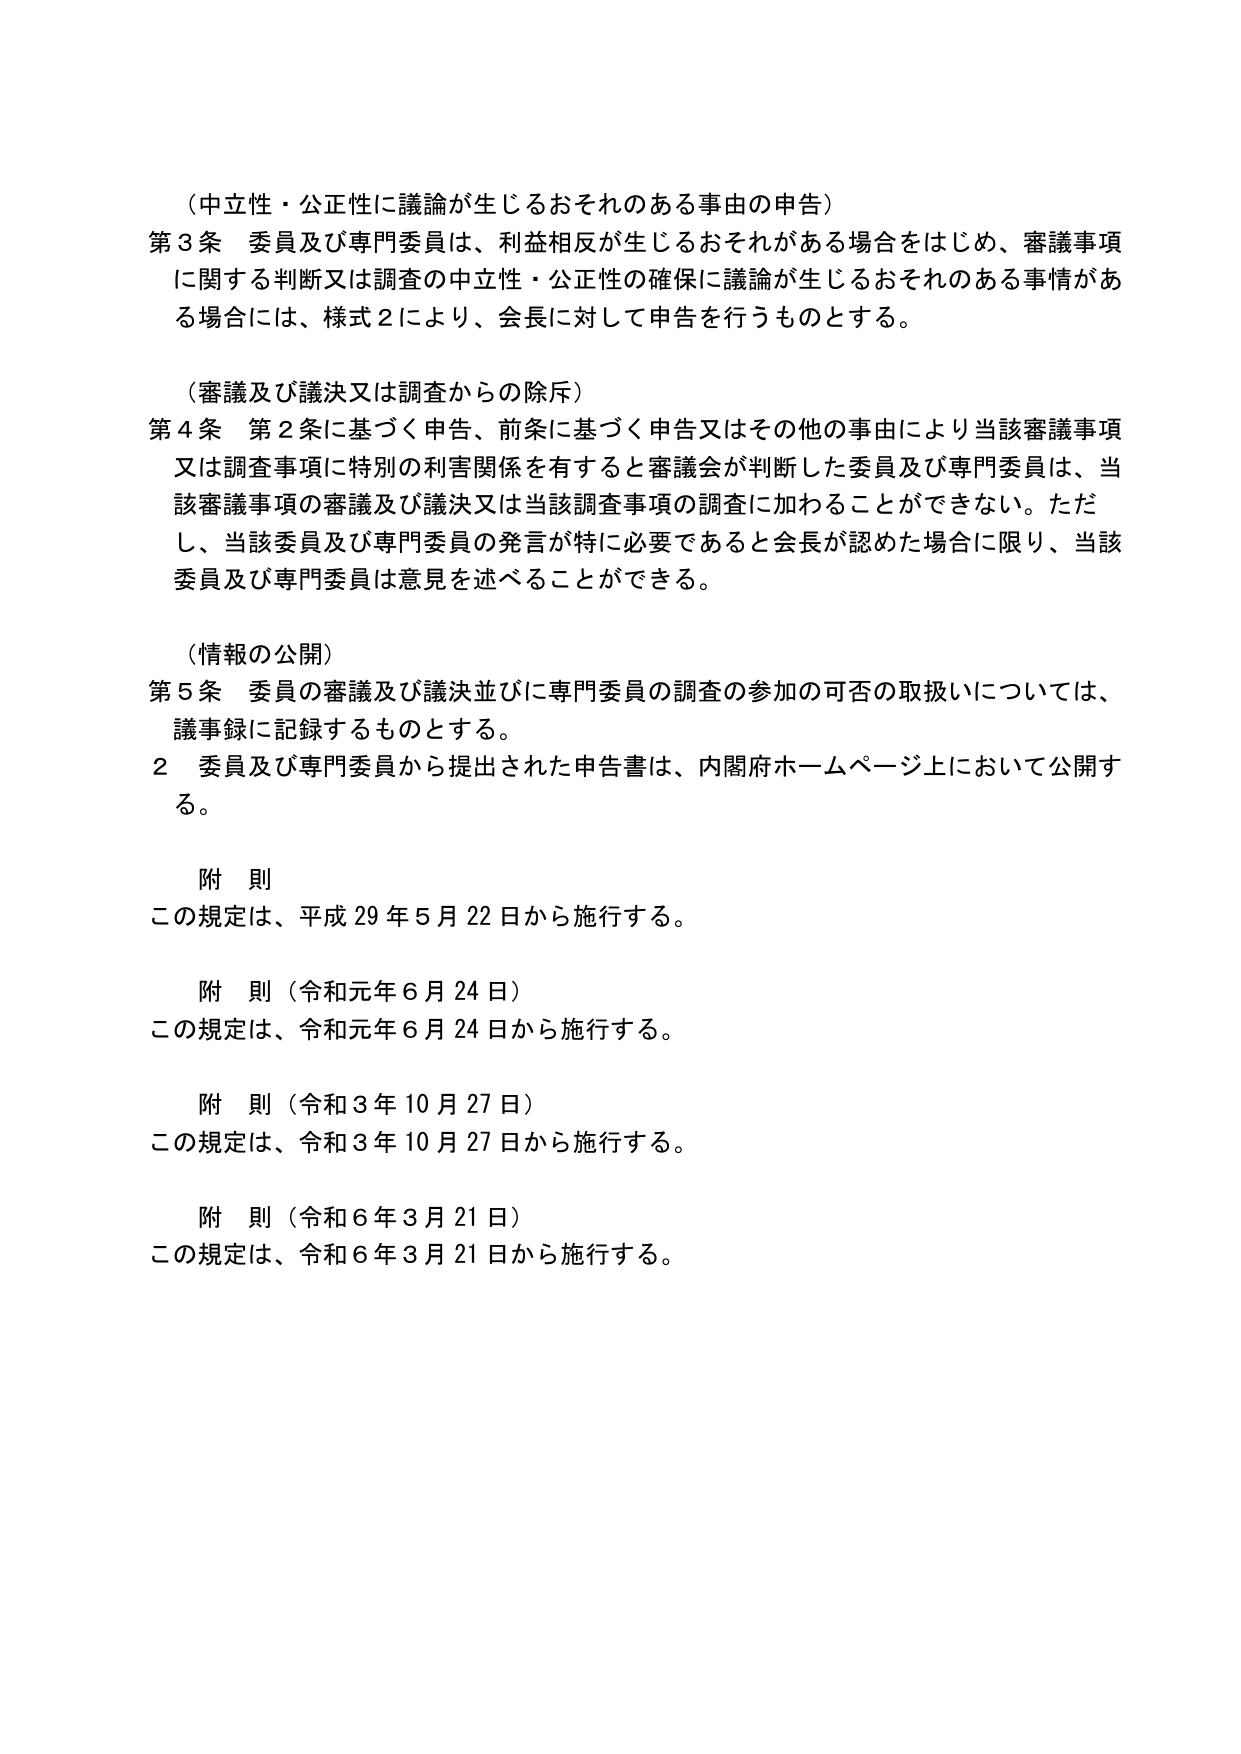
（中立性・公正性に議論が生じるおそれのある事由の申告）
第3条 委員及び専門委員は、利益相反が生じるおそれがある場合をはじめ、審議事項に関する判断又は調査の中立性・公正性の確保に議論が生じるおそれのある事情がある場合には、様式2により、会長に対して申告を行うものとする。

（審議及び議決又は調査からの除斥）
第4条 第2条に基づく申告、前条に基づく申告又はその他の事由により当該審議事項又は調査事項に特別の利害関係を有すると審議会が判断した委員及び専門委員は、当該審議事項の審議及び議決又は当該調査事項の調査に加わることができない。ただし、当該委員及び専門委員の発言が特に必要であると会長が認めた場合に限り、当該委員及び専門委員は意見を述べることができる。

（情報の公開）
第5条 委員の審議及び議決並びに専門委員の調査の参加の可否の取扱いについては、議事録に記録するものとする。
2 委員及び専門委員から提出された申告書は、内閣府ホームページ上において公開する。

附 則
この規定は、平成29年5月22日から施行する。

附 則（令和元年6月24日）
この規定は、令和元年6月24日から施行する。

附 則（令和3年10月27日）
この規定は、令和3年10月27日から施行する。

附 則（令和6年3月21日）
この規定は、令和6年3月21日から施行する。